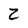
Character: Z